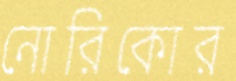
নোরিকোর